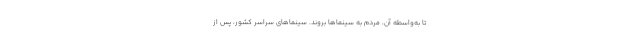
تا به‌واسطه آن، مردم به سینماها بروند. سینماهای سراسر کشور، پس از